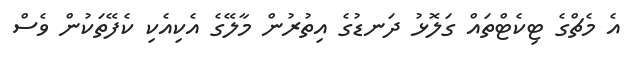
އެ މެޗްގެ ޓިކެޓްތައް ގަލޮޅު ދަނޑުގެ އިތުރުން މާލޭގެ އެކިއެކި ކެފޭތަކުން ވެސް